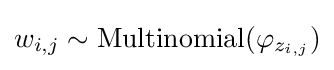
w_{i,j}\sim \operatorname {Multinomial} (\varphi _{z_{i,j}})